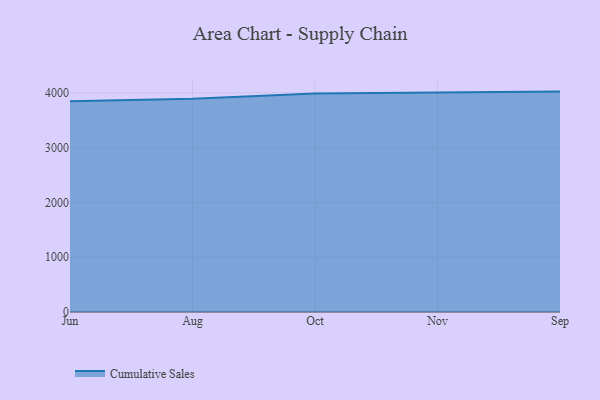
{"axis": {"x": "Month", "y": "Inventory Turnover"}, "legend": ["Cumulative Sales"], "data": [{"x": "Jun", "y": 3847.4, "type": "Cumulative Sales"}, {"x": "Aug", "y": 3891.1, "type": "Cumulative Sales"}, {"x": "Oct", "y": 3986.0, "type": "Cumulative Sales"}, {"x": "Nov", "y": 4009.5, "type": "Cumulative Sales"}, {"x": "Sep", "y": 4021.6, "type": "Cumulative Sales"}]}